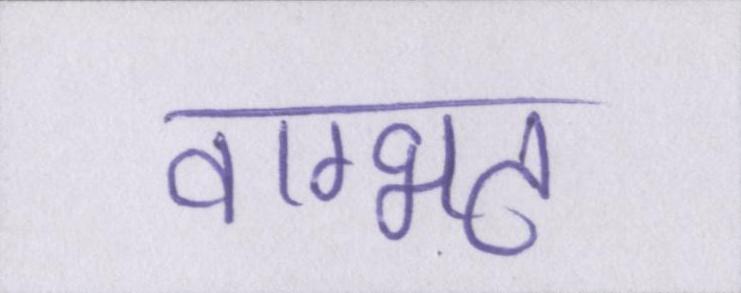
वाग्भट